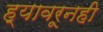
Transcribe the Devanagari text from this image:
ह्यावरूनही